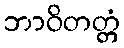
ဘာဝိတတ္တံ